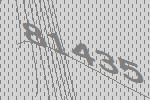
81435